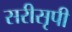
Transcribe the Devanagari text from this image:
सरीसृपी